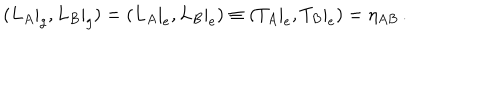
LaTeX: ( L _ { A } | _ { g } , L _ { B } | _ { g } ) = ( L _ { A } | _ { e } , L _ { B } | _ { e } ) \equiv ( T _ { A } | _ { e } , T _ { B } | _ { e } ) = \eta _ { A B } \, .